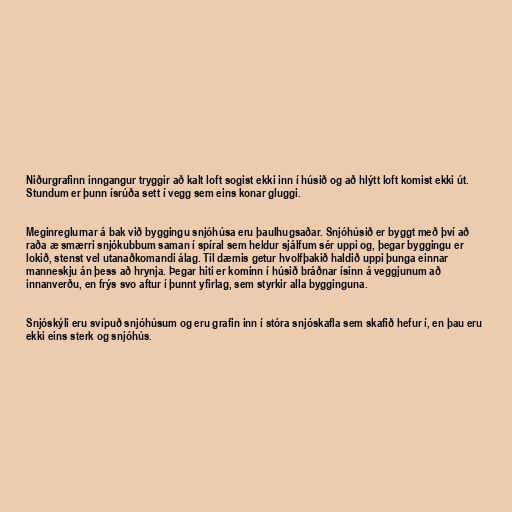
Niðurgrafinn inngangur tryggir að kalt loft sogist ekki inn í húsið og að hlýtt loft komist ekki út.
Stundum er þunn ísrúða sett í vegg sem eins konar gluggi.

Meginreglurnar á bak við byggingu snjóhúsa eru þaulhugsaðar. Snjóhúsið er byggt með því að
raða æ smærri snjókubbum saman í spíral sem heldur sjálfum sér uppi og, þegar byggingu er
lokið, stenst vel utanaðkomandi álag. Til dæmis getur hvolfþakið haldið uppi þunga einnar
manneskju án þess að hrynja. Þegar hiti er kominn í húsið bráðnar ísinn á veggjunum að
innanverðu, en frýs svo aftur í þunnt yfirlag, sem styrkir alla bygginguna.

Snjóskýli eru svipuð snjóhúsum og eru grafin inn í stóra snjóskafla sem skafið hefur í, en þau eru
ekki eins sterk og snjóhús.